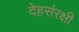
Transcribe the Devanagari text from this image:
देहसंरक्षी